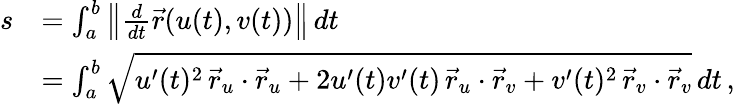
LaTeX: {\begin{array}{rl}{s}&{=\int_{a}^{b}\left\| {\frac{d}{dt}}{\vec{r}}(u(t),v(t))\right\| \, dt}\\ &{=\int_{a}^{b}{\sqrt{u^{\prime}(t)^{2}\, {\vec{r}}_{u}\cdot{\vec{r}}_{u}+2u^{\prime}(t)v^{\prime}(t)\, {\vec{r}}_{u}\cdot{\vec{r}}_{v}+v^{\prime}(t)^{2}\, {\vec{r}}_{v}\cdot{\vec{r}}_{v}}}\, dt\, ,}\end{array}}